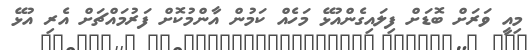
މިއީ ވަރަށް ބޮޑަށް ފިލައިގެންއުޅޭ މަހެއް ކަމުން އާންމުކޮށް ފަރުމައްޗަށް އެރި އުޅޭ